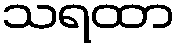
သရထာ